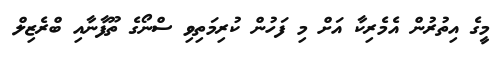
މީގެ އިތުރުން އެމެރިކާ އަށް މި ފަހުން ކުރިމަތިވި ސްނޯގެ ތޫފާނާއި ބްރެޒިލް